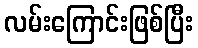
လမ်းကြောင်းဖြစ်ပြီး